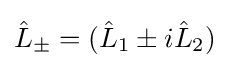
{\hat {L}}_{\pm }=({\hat {L}}_{1}\pm i{\hat {L}}_{2})